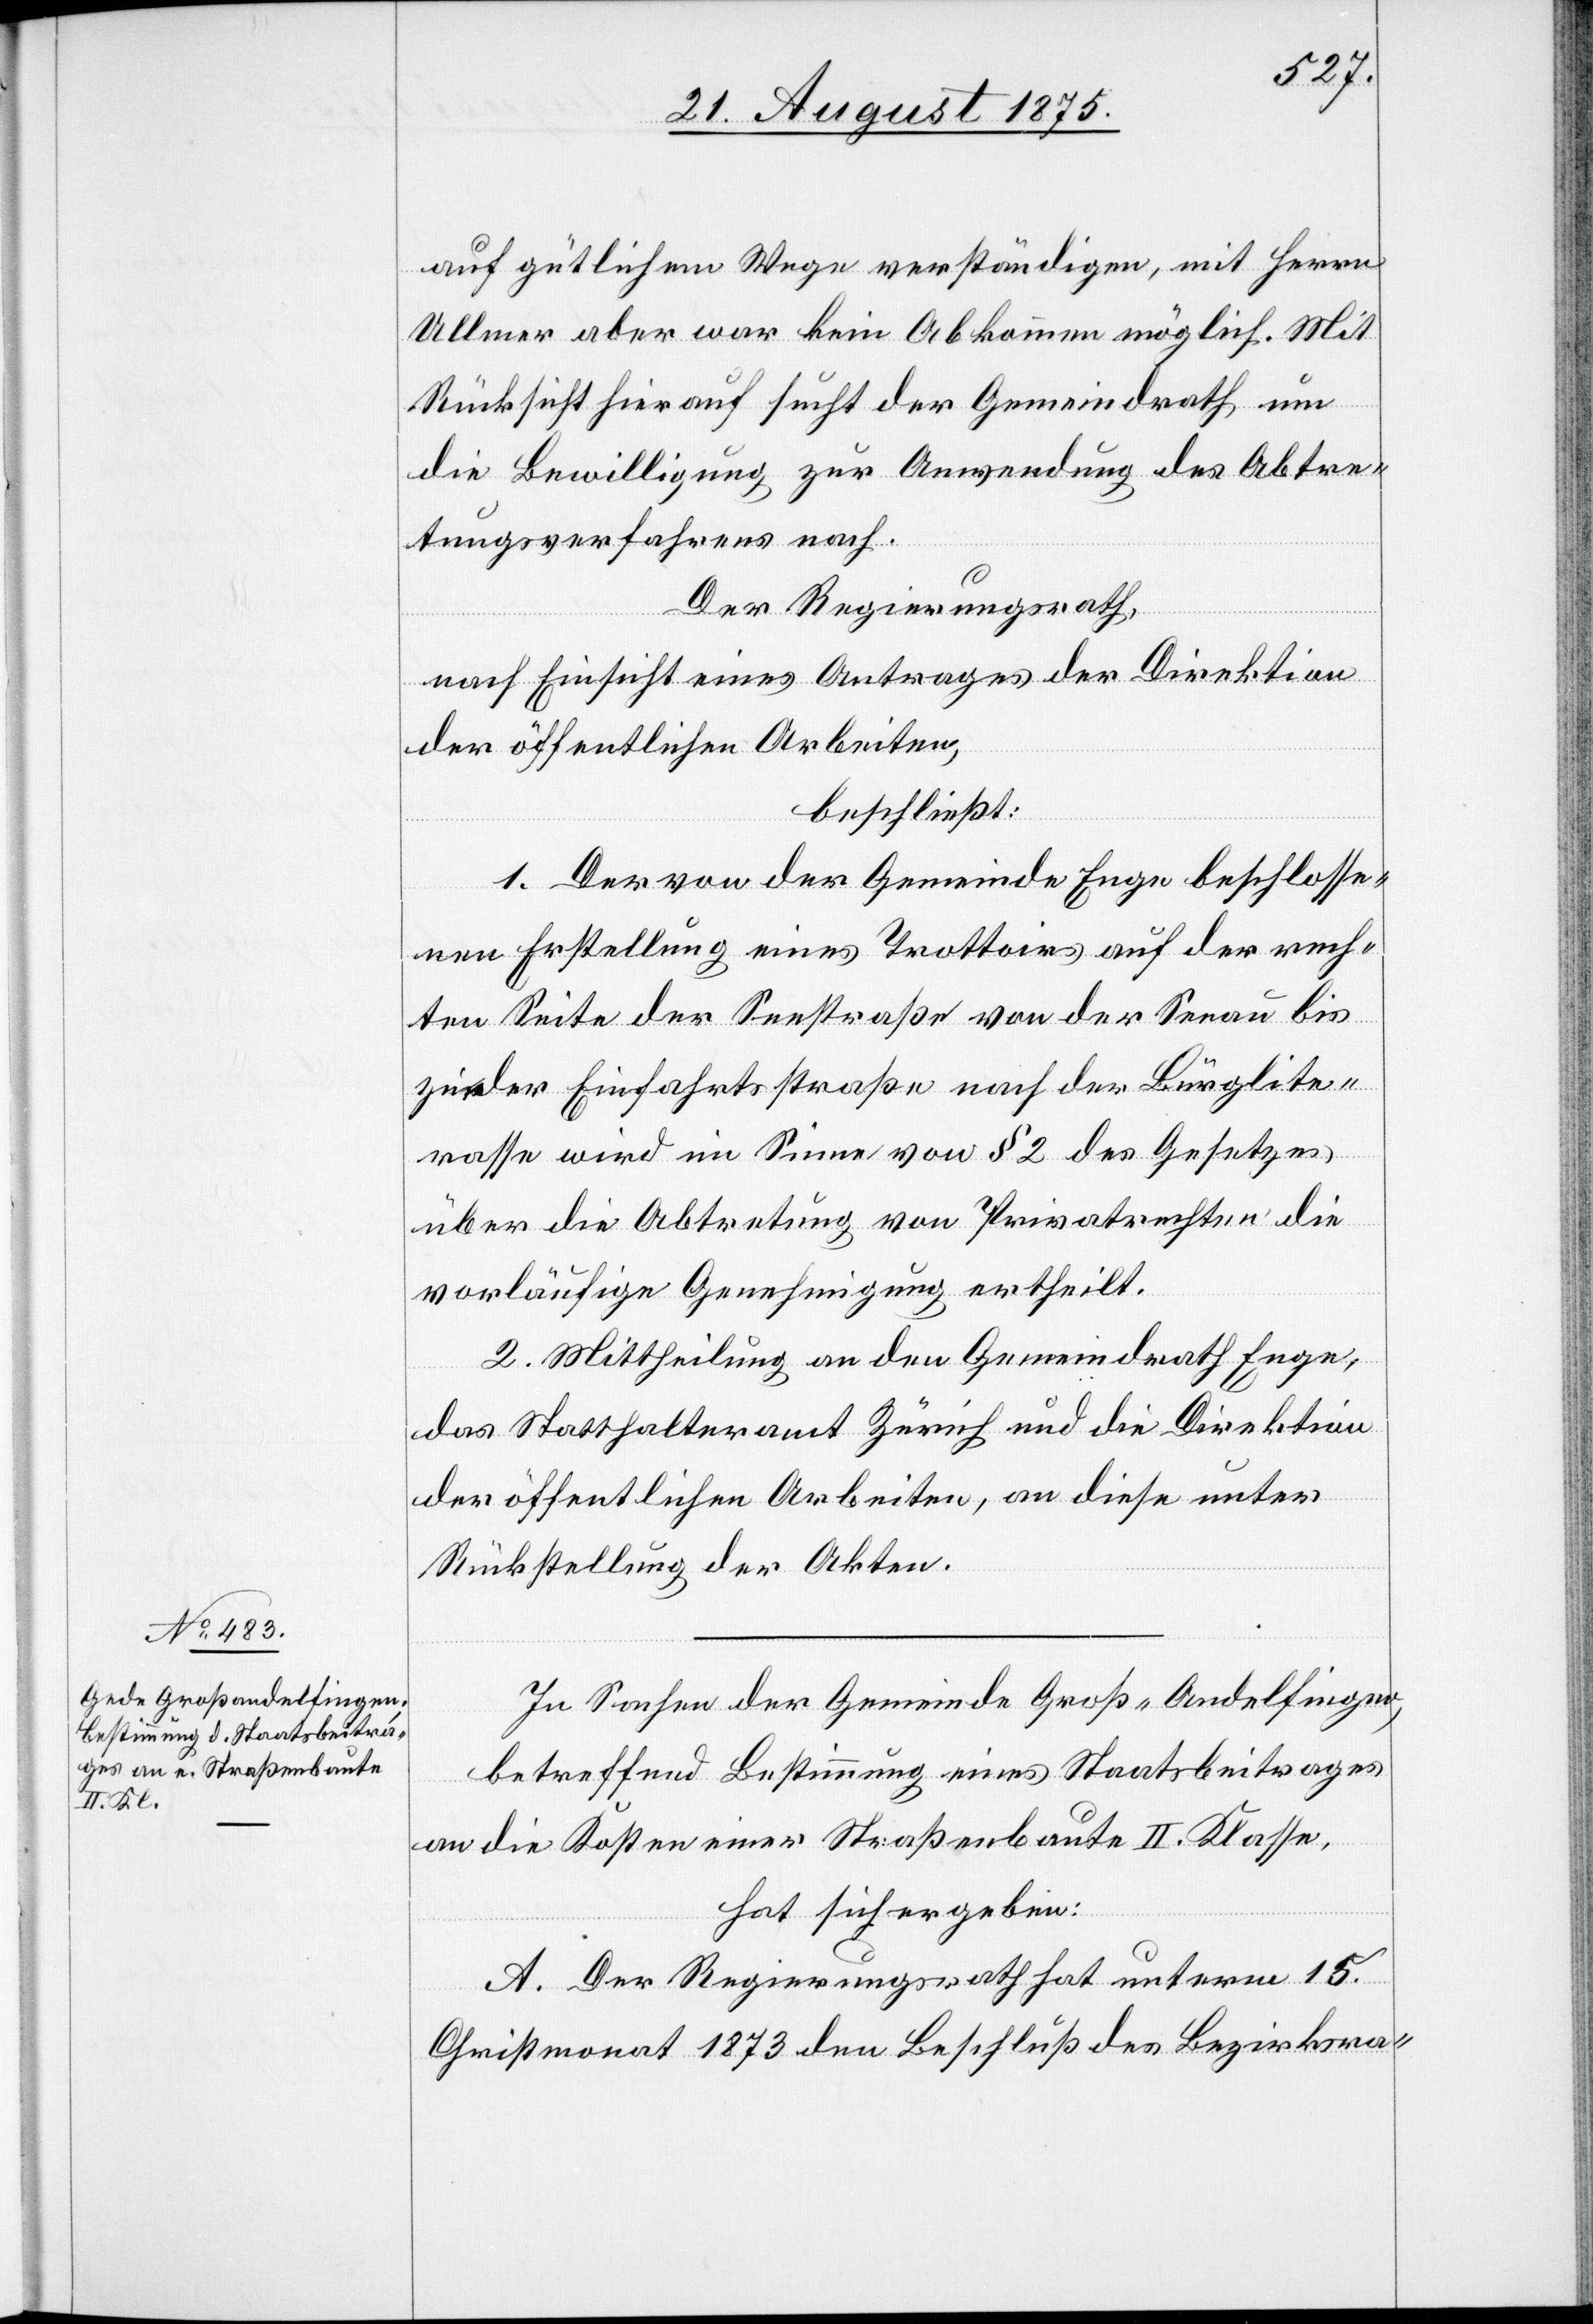
auf gütlichem Wege verständigen, mit Herrn
Ulmer aber war kein Abkommen möglich. Mit
Rücksicht hierauf sucht der Gemeindrath um
die Bewilligung zur Anwendung des Abtre¬
tungsverfahrens nach.
Der Regierungsrath,
nach Einsicht eines Antrages der Direktion
der öffentlichen Arbeiten,
beschließt:
1. Der von der Gemeinde Enge beschlosse¬
nen Erstellung eines Trottoirs auf der rech¬
ten Seite der Seestraße von der Seeau bis
zu der Einfahrtstraße nach der Bürglite¬
rasse wird im Sinne von § 2 des Gesetzes
über die Abtretung von Privatrechten die
vorläufige Genehmigung ertheilt.
2. Mittheilung an den Gemeindrath Enge,
das Statthalteramt Zürich und die Direktion
der öffentlichen Arbeiten, an diese unter
Rückstellung der Akten.
In Sachen der Gemeinde Groß-Andelfingen,
betreffend Bestimmung eines Staatsbeitrages
an die Kosten einer Straßenbaute II. Klasse,
hat sich ergeben:
A. Der Regierungsrath hat unterm 15.
Christmonat 1873 den Beschluß des Bezirksra-